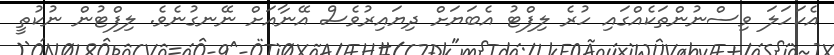
އެކަހަލަ ވިސްނުންތަކެއްގައި ހުރެ ލިފްޓު އެބަޔަށް ދިޔައިރުވެސް އޭނާއަށް ނޭނގުނެވެ. ލިފްޓުން ނުކުތީ